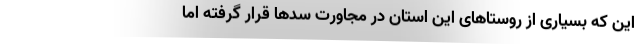
این که بسیاری از روستاهای این استان در مجاورت سدها قرار گرفته اما